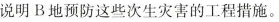
说明B地预防这些次生灾害的工程措施。